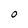
Character: 0